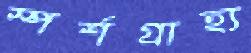
স্পর্শগ্রাহ্য